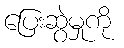
ပြေးဆွဲမှုကို